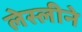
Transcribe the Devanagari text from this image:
लेस्‍लीने